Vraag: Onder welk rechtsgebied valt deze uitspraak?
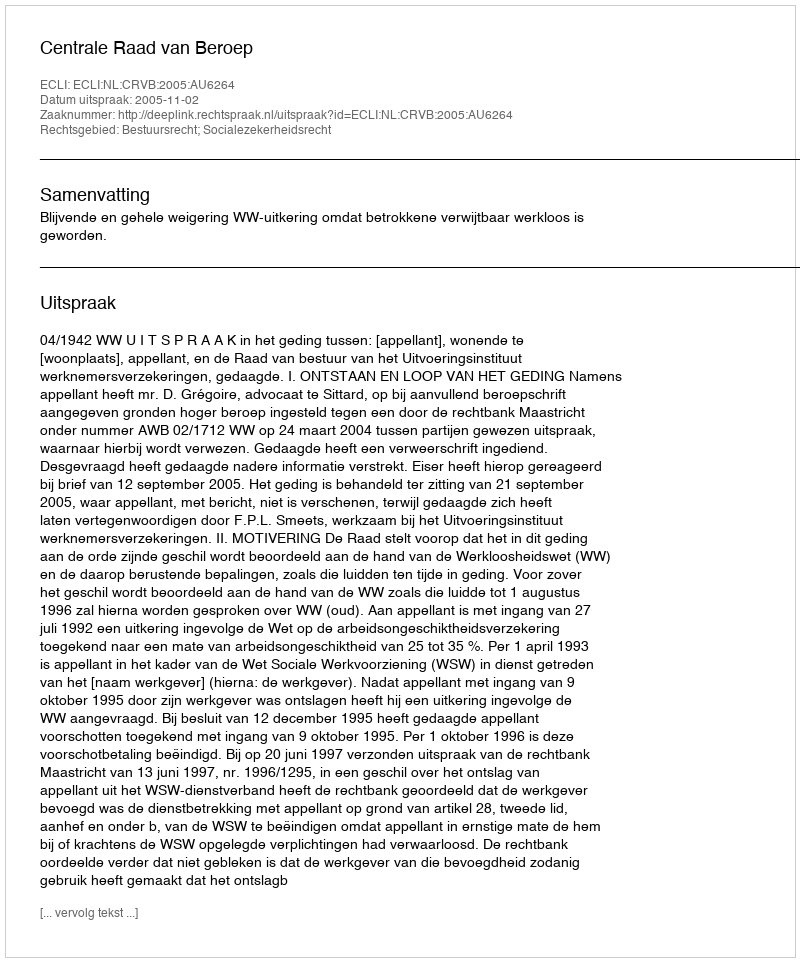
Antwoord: Bestuursrecht; Socialezekerheidsrecht